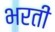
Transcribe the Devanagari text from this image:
भरतीं